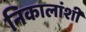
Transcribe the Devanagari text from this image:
निकालांशी